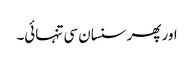
اور پھر سنسان سی تنہائی۔